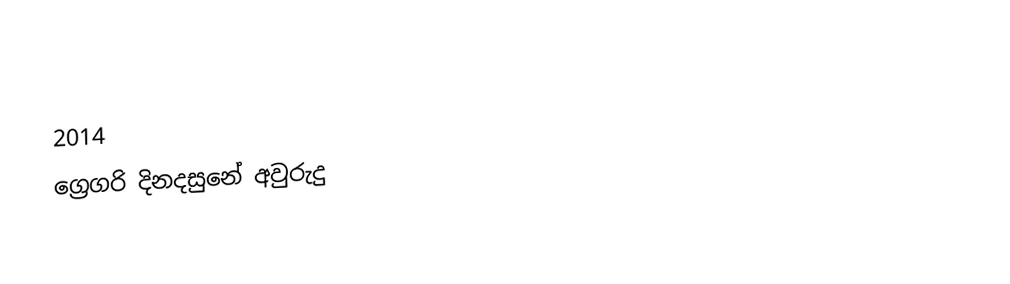

2014
ග්‍රෙගරි දිනදසුනේ අවුරුදු